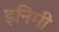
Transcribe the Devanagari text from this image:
इनिमी